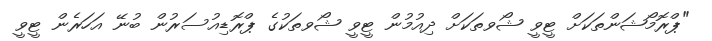
"ޕްރޮމޯޝަންތަކަށް ޓީވީ ޝޯވތަކަށް ދިއުމުން ޓީވީ ޝޯވތަކުގެ ޕްރޮޑިއުސަރުން ބުނޭ އަހަރެން ޓީވީ